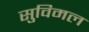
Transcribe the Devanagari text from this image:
सुविमल